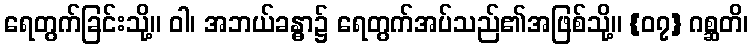
ရေတွက်ခြင်းသို့။ ဝါ၊ အဘယ်ခန္ဓာ၌ ရေတွက်အပ်သည်၏အဖြစ်သို့။ {၀၇} ဂစ္ဆတိ၊